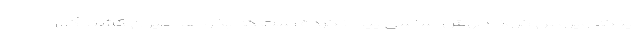
اینکه ویروس کرونا جهش اساسی پیدا نکرده است که بخواهد میزان کشندگی